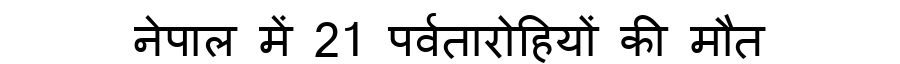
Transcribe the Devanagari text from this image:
नेपाल में 21 पर्वतारोहियों की मौत